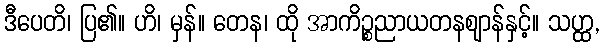
ဒီပေတိ၊ ပြ၏။ ဟိ၊ မှန်။ တေန၊ ထို အာကိဉ္စညာယတနဈာန်နှင့်။ သဟ္ထ,